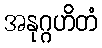
အနုဂ္ဂဟိတံ